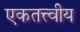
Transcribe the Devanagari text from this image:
एकतत्त्वीय